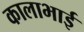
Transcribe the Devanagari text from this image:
कालाभाई